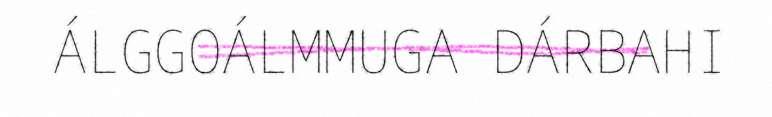
ÁLGGOÁLMMUGA DÁRBAHI